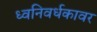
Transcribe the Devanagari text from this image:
ध्वनिवर्धकावर